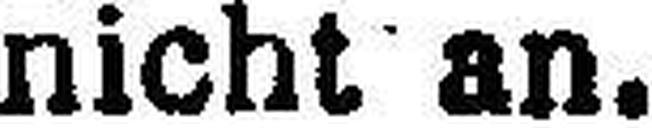
nicht an.